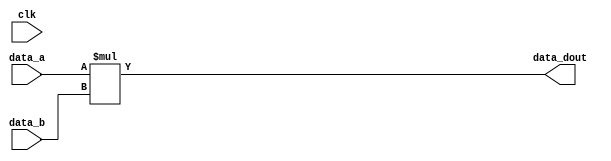
module Multiplier(
  input         clk,
  input  [32:0] data_a,
  input  [32:0] data_b,
  output [65:0] data_dout
);

wire signed [32:0] tmp_a;
wire signed [32:0] tmp_b;
wire signed [65:0] tmp_dout;

reg signed [65:0] s0_dout;
reg signed [65:0] s1_dout;
reg signed [65:0] s2_dout;
reg signed [65:0] s3_dout;
reg signed [65:0] s4_dout;
reg signed [65:0] s5_dout;
reg signed [65:0] s6_dout;

assign tmp_a = data_a;
assign tmp_b = data_b;
assign tmp_dout = tmp_a * tmp_b;

assign s0_dout = tmp_dout;
assign s1_dout = s0_dout;
assign s2_dout = s1_dout;
assign s3_dout = s2_dout;
assign s4_dout = s3_dout;
assign s5_dout = s4_dout;
assign s6_dout = s5_dout;
assign data_dout = s6_dout;

endmodule